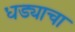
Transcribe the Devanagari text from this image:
धड्याचा